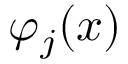
\varphi _ { j } ( x )